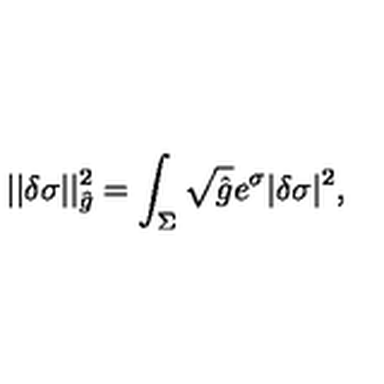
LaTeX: | | \delta \sigma | | _ { \hat { g } } ^ { 2 } = \int _ { \Sigma } \sqrt { \hat { g } } e ^ { \sigma } | \delta \sigma | ^ { 2 } ,